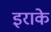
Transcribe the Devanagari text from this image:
इराके